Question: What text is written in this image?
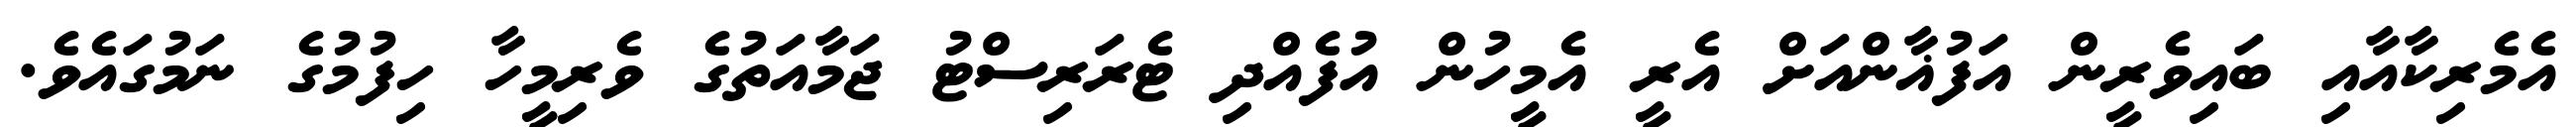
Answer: އެމެރިކާއާއި ބައިވެރީން އަފުޣާންއަށް އެރީ އެމީހުން އުފެއްދި ޓެރަރިސްޓު ޖަމާއަތުގެ ވެރިމީހާ ހިފުމުގެ ނަމުގައެވެ.